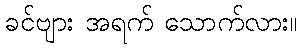
ခင်ဗျား အရက် သောက်လား။